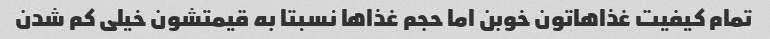
تمام کیفیت غذاهاتون خوبن اما حجم غذاها نسبتا به قیمتشون خیلی کم شدن